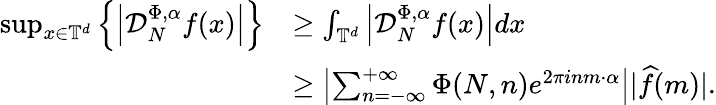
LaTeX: \begin{array}{rl}{\operatorname*{sup}_{x\in\mathbb{T}^{d}}\left\{ \left|\mathcal D_{N}^{\Phi,\alpha}f(x)\right|\right\} }&{\geq\int_{\mathbb{T}^{d}}\left|\mathcal D_{N}^{\Phi,\alpha}f(x)\right|dx}\\ &{\geq\left\vert\sum_{n=-\infty}^{+\infty}\Phi(N,n)e^{2\pi inm\cdot\alpha}\right\vert\vert\widehat{f}(m)\vert.}\end{array}